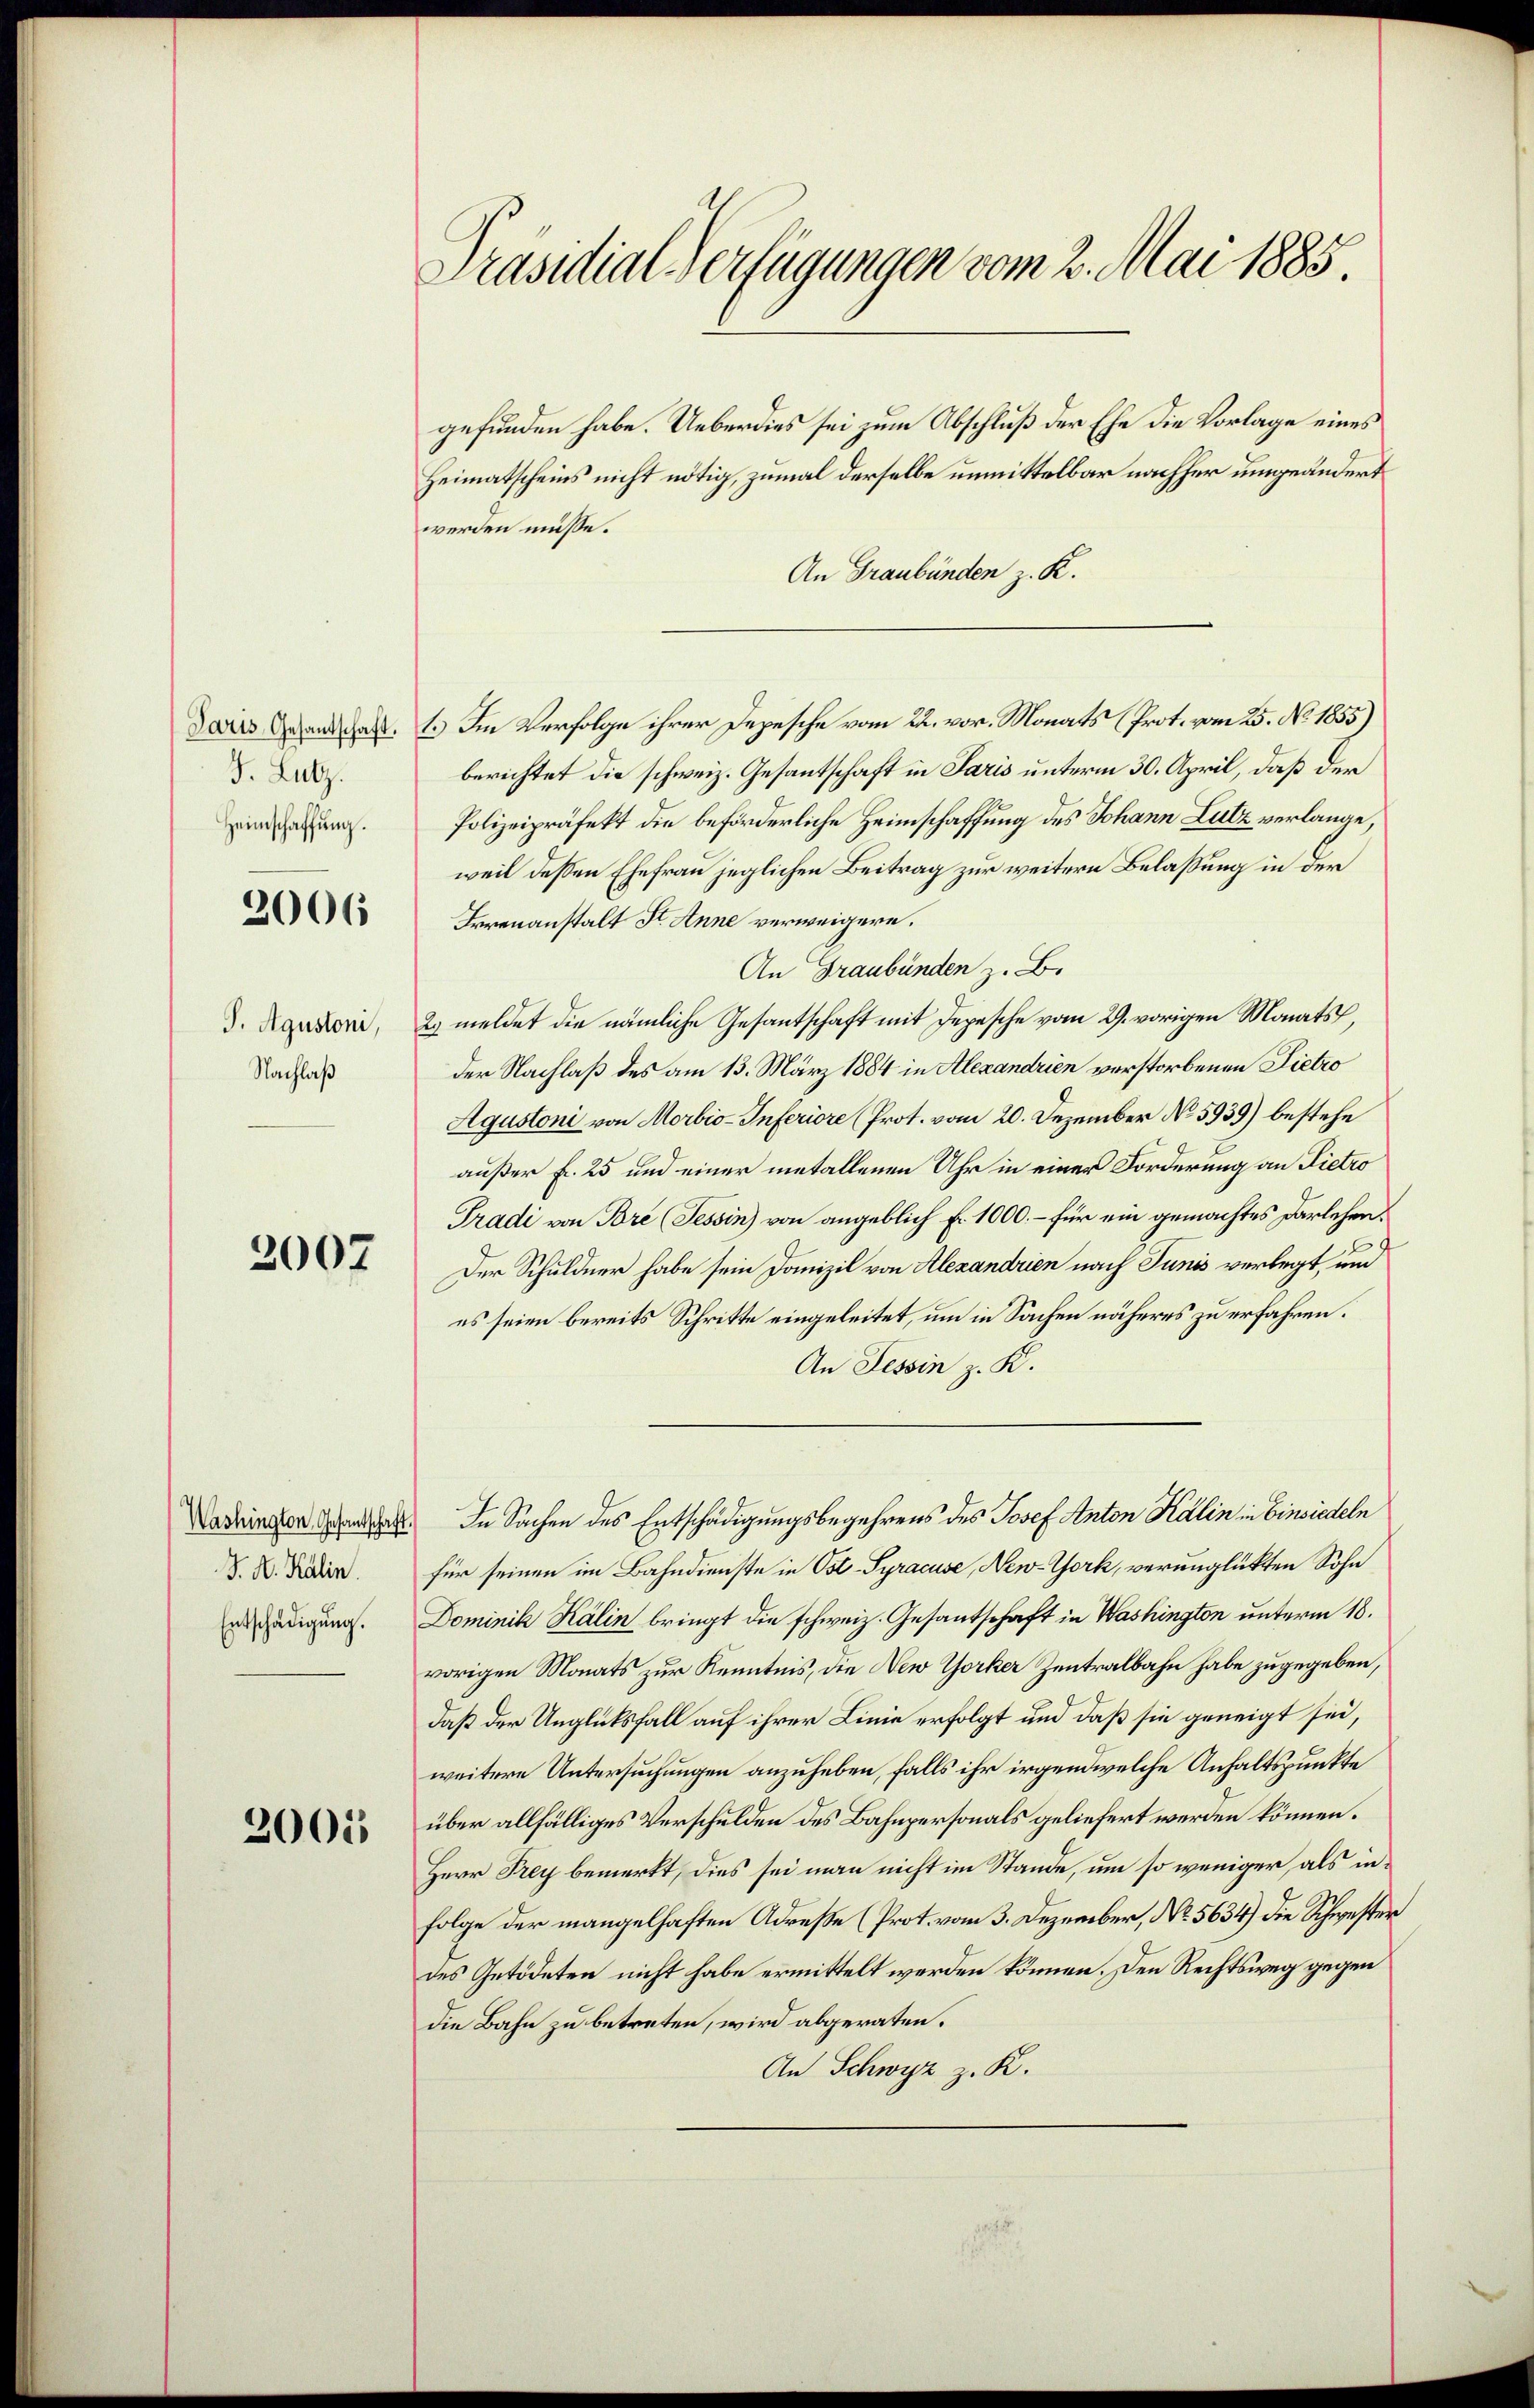
Paris Gesandtschaft.
J. Lutz.
Heimschaffung.

2006

J. Agustoni,
Nachlaß

2007

J. A. Kälin.
Entschädigung.

2005

Präsidial-Verfügungen vom 2. Mai 1885.

gefunden habe. Ueberdies sei zum Abschluß der Ehe die Vorlage eines
Heimatscheins nicht nötig, zumal derselbe unmittelbar nachher umgeändert
werden müsse.
An Graubünden z. K.
1.) Im Verfolge ihrer Depesche vom 22. vor. Monats (Prot. vom 25. No. 1855)
berichtet die schweiz. Gesantschaft in Paris unterm 30. April, daß der
Polizeipräfekt die beförderliche Heimschaffung des Johann Lutz verlange,
weil dessen Ehefrau jeglichen Beitrag zur weitern Belassung in der
Irrenanstalt St. Anne verweigern.
An Graubünden z. B.
2. meldet die nämliche Gesantschaft mit Depesche vom 29. vorigen Monats,
der Nachlaß des am 13. März 1884 in Alexandrien verstorbenen Pietro
Agustoni von Morbio-Inferiore (Prot. vom 20. Dezember No 5939) bestehe
außer fr. 25 und einer metallenen Uhr in einer Forderung an Pietro
Tradi von Bore (Tessin) von angeblich Fr. 1000.- für ein gemachtes Darlehen.
Der Schuldner habe sein Domizil von Alexandrien nach Junis verlegt, und
es seien bereits Schritte eingeleitet, um in Sachen näheres zu erfahren.
An Tessin z. K.
Cadringen andelt. In Sachen des Entschädigungsbegehrens des Josef Anton Kälin in Einsiedeln
für seinen im Bahndienste in Ost-Syracuse, New-York, verunglükten Sohn
Dominik Kälin bringt die schweiz. Gesantschaft in Washington unterm 18.
vorigen Monats zur Kenntnis, die New Yorker Zentralbahn habe zugegeben,
daß der Unglücksfall auf ihrer Linie erfolgt und daß sie geneigt sei,
weitere Untersuchungen anzuheben, falls ihr irgendwelche Anhaltspunkte
über allfälliges Verschulden des Bahnpersonals geliefert werden können.
Herr Frey bemerkt, dies sei man nicht im Stande, um so weniger, als in¬
Folge der mangelhaften Adreße (Prot. vom 3. Dezember, Nr. 5634) die Schwester
des Getödeten nicht habe ermittelt werden können. Den Rechtsweg gegen
die Bahn zu betreten, wird abgeraten.
An Schwyz z. K.